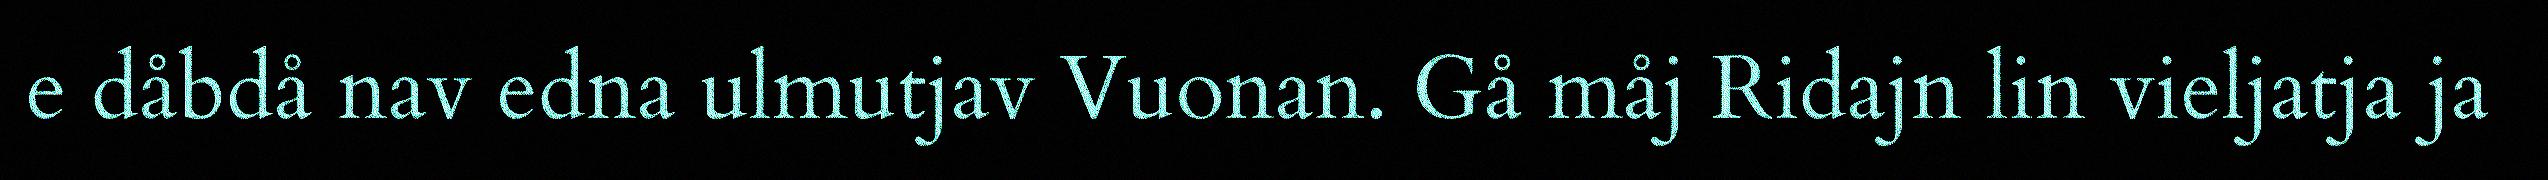
e dåbdå nav edna ulmutjav Vuonan. Gå måj Ridajn lin vieljatja ja